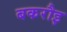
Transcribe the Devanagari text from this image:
बकरौइ